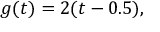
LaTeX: g ( t ) = 2 ( t - 0 . 5 ) ,